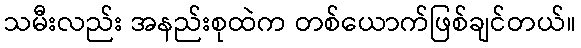
သမီးလည်း အနည်းစုထဲက တစ်ယောက်ဖြစ်ချင်တယ်။